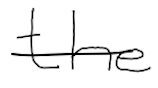
Text: the
Cross-out: single-line
Writing tool: digital_black